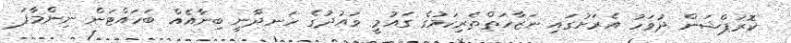
ކޮރަޕްޝަން ދުވަހު އެރަށުގައި ނަޒާހަތްތެރިކަމުގެ ގައުމީ ވައުދުގެ ހަނދާނީ ބިނާއެއް ބަހައްޓަން ނިންމާފަ